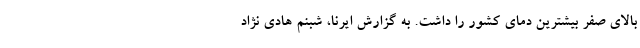
بالای صفر بیشترین دمای کشور را داشت. به گزارش ایرنا، شبنم هادی نژاد